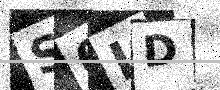
Text: S0LD